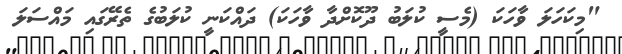
"މިކަހަލަ ވާހަކަ (މެސީ ކުލަބު ދޫކޮށްދާ ވާހަކަ) ދައްކަނީ ކުލަބުގެ ތެރޭގައި މައްސަލަ